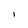
Character: 1